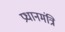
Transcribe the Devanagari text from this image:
प्रधानमंत्रि